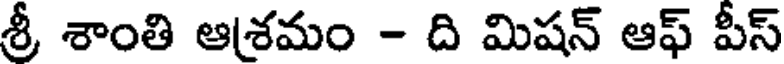
శ్రీ శాంతి ఆశమం - ది మిషన్ ఆఫ్ పీస్